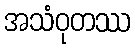
အသံဝုတဿ